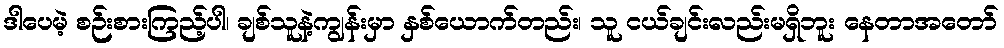
ဒါပေမဲ့ စဉ်းစားကြည့်ပါ၊ ချစ်သူနဲ့ကျွန်းမှာ နှစ်ယောက်တည်း၊ သူ ငယ်ချင်းလည်းမရှိဘူး နေတာအတော်